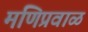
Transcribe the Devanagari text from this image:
मणिप्रवाळ